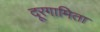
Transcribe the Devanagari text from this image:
दूरगामिता